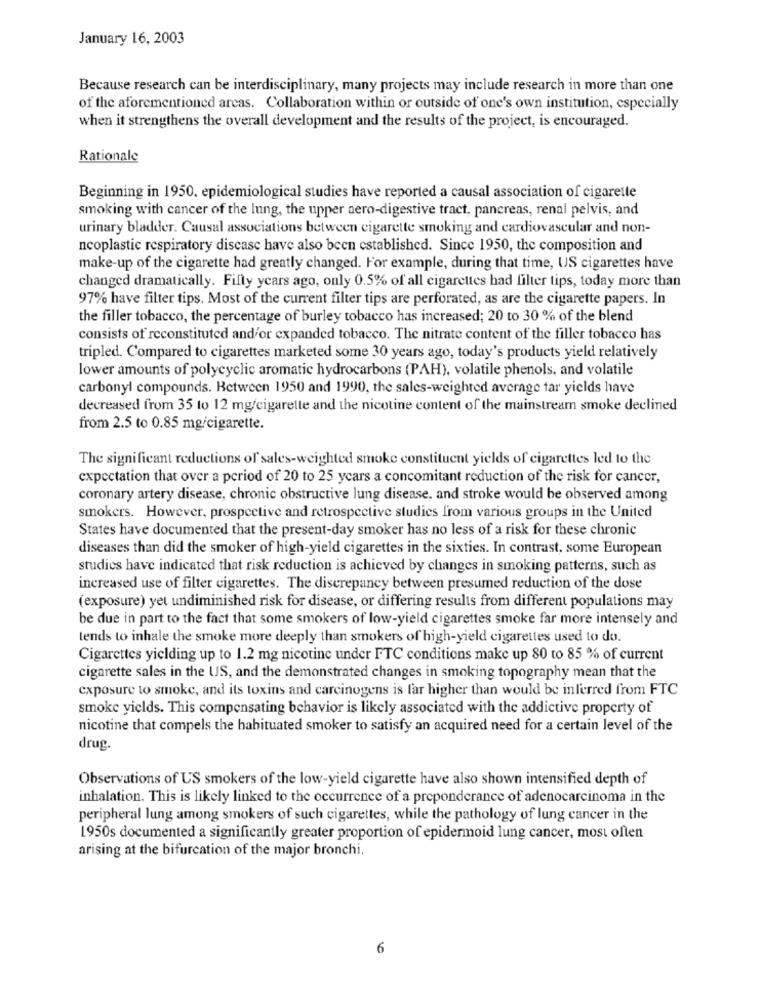
January 16, 2003
Because research can be interdisciplinary, many projects may include research in more than one
of the aforementioned areas. Collaboration within or outside of one's own institution, especially
when it strengthens the overall development and the results of the project, is encouraged.
Rationale
Beginning in 1950. epidemiological studies have reported a causal association of cigarette
smoking with cancer of the lung, the upper aero-digestive tract, pancreas, renal pelvis, and
urinary bladder. Causal associations between cigarette smoking and cardiovascular and non-
ncoplastic respiratory discase have also been established. Since 1950, the composition and
make-up of the cigarette had greatly changed. For example, during that time, US cigarettes have
changed dramatically. Filly years ago, only 0.5% of all cigarettes had filter tips, today more than
97% have filter tips. Most of the current filter tips are perforated, as are the cigarette papers. In
the filler tobacco, the percentage of burley tobacco has increased; 20 to 30 % of the blend
consists of reconstituted and/or expanded tobacco. The nitrate content of the filler tobacco has
tripled. Compared to cigarettes marketed some 30 years ago, today's products yield relatively
lower amounts of polycyclic aromatic hydrocarbons (PAH), volatile phenols, and volatile
carbonyl compounds. Between 1950 and 1990, the sales-weighted average tar yields have
decreased from 35 to 12 mg/cigarette and the nicotine content of the mainstream smoke declined
from 2.5 to 0.85 mg/cigarette.
The significant reductions of sales-weighted smoke constituent yields of cigarettes led to the
expectation that over a period of 20 to 25 years a concomitant reduction of the risk for cancer,
coronary artery disease, chronic obstructive lung disease, and stroke would be observed among
smokers. However, prospective and retrospective studies from various groups in the United
States have documented that the present-day smoker has no less of a risk for these chronic
diseases than did the smoker of high-yield cigarettes in the sixties. In contrast, some European
studies have indicated that risk reduction is achieved by changes in smoking patterns, such as
increased use of filter cigarettes. The discrepancy between presumed reduction of the dose
[exposure) yet undiminished risk for disease, or differing results from different populations may
be due in part to the fact that some smokers of low-yield cigarettes smoke far more intensely and
tends to inhale the smoke more deeply than smokers of high-yield cigarettes used to do.
Cigarettes yielding up to 1.2 mg nicotine under FTC conditions make up 80 to 85 % of current
cigarette sales in the US, and the demonstrated changes in smoking topography mean that the
exposure to smoke, and its toxins and carcinogens is far higher than would be inferred from FTC
smoke yields. This compensating behavior is likely associated with the addictive property of
nicotine that compels the habituated smoker to satisfy an acquired need for a certain level of the
drug.
Observations of US smokers of the low-yield cigarette have also shown intensified depth of
inhalation. This is likely linked to the occurrence of a preponderance of adenocarcinoma in the
peripheral lung among smokers of such cigarettes, while the pathology of lung cancer in the
1950s documented a significantly greater proportion of epidermoid lung cancer, most often
arising at the bifurcation of the major bronchi.
6